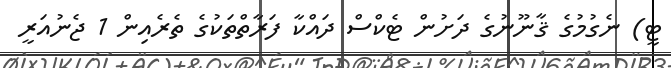
ޓީ) ނެގުމުގެ ޤާނޫނުގެ ދަށުން ޓެކްސް ދައްކާ ފަރާތްތަކުގެ ތެރެއިން 1 ޖެނުއަރީ